Annual administration report of the Civil Veterinary Department of India - 1904-1905
Year: 1904
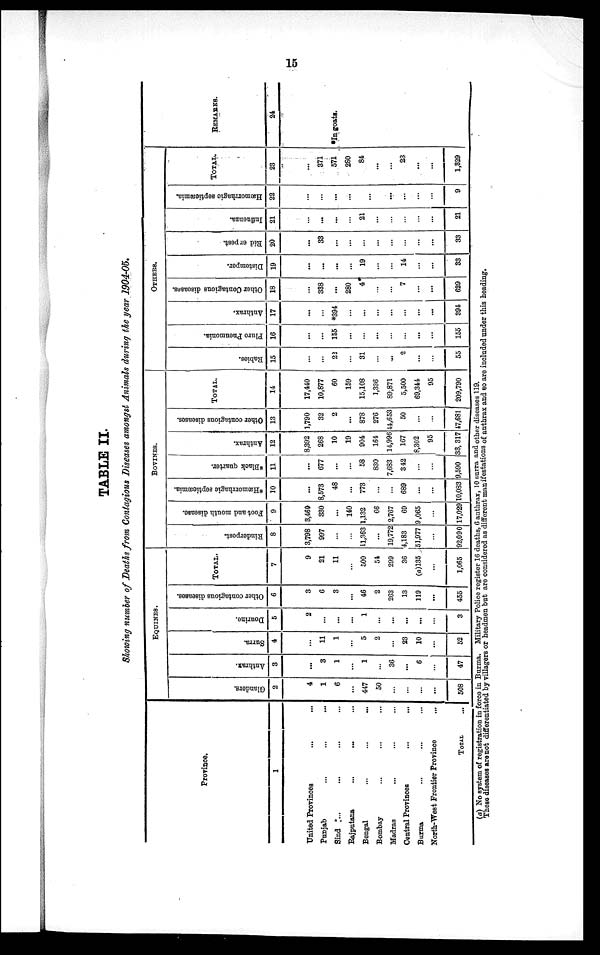
15
TABLE II.
Showing number of Deaths from Contagious Diseases amongst Animals during the year 1904-05.
Province.
1
United Provinces
...
...
Punjab ... ... ...
Sind .... ... ... ...
Rajputana ... ...
...
Bengal ... ... ...
Bombay ... ... ...
Madras ... ... ...
Central Provinces ... ...
Burma ... ... ...
North-West Frontier Province ...
TOTAL ...
EQUINES.
Glanders.
2
4
1
6
...
447
50
...
...
...
...
508
Anthrax.
3
...
3
1
...
1
...
36
...
6
...
47
Surra.
4
...
11
1
...
5
2
...
23
10
...
52
Dourine.
5
2
...
...
...
1
...
...
...
...
...
3
Other contagious diseases.
6
3
6
3
...
46
2
263
13
119
...
455
TOTAL.
7
9
21
11
...
500
54
299
36
(a)135
...
1,065
BOVINES.
Rinderpest.
8
3,798
997
...
...
11,363
...
19,772
4,183
51,977
...
92,090
Foot and mouth disease.
9
3,460
330
...
140
1,132
66
2,767
69
9,065
...
17,029
*Hæmorrhagic septicæmia.
10
...
8,573
48
...
773
...
...
689
...
...
10,083
*Black quarter.
11
...
677
...
...
58
830
7,683
342
...
...
9,590
Anthrax.
12
8,392
268
10
19
904
164
14,996
167
8,302
95
33, 317
Other contagious diseases.
13
1,790
32
2
...
878
276
44,653
50
...
...
47,681
TOTAL.
14
17,440
10,877
60
159
15,108
1,336
89,871
5,500
69,344
95
209,790
OTHERS.
Babies.
15
...
...
22
...
31
...
...
2
...
...
55
Pluro Pneumonia.
16
...
...
155
...
...
...
...
...
...
...
155
Anthrax.
17
...
...
*394
...
...
...
...
...
...
...
394
Other Contagious diseases.
18
...
338
...
280
4
...
...
7
...
...
629
Distemper.
19
...
...
...
...
19
...
...
14
...
...
33
Rid erpest.
20
...
33
...
...
...
...
...
...
...
...
33
Influenza.
21
...
...
...
...
21
...
...
...
...
...
21
Hæmorrhagic septicæmia.
22
...
...
...
...
...
...
...
...
...
...
9
TOTAL.
23
...
371
571
280
84
...
...
23
...
...
1,329
REMARKS.
24
In goats.
(a) No system of registration in force in Burma. Military Police register 16 deaths, 6 anthrax, 10 surra and other diseases 119.
These diseases are not differentiated by villagers or headmen but are considered as different manifestations of anthrax and so are included under this heading.